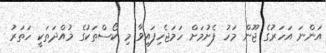
އަންނަ އަހަރުގެ ޖޫން މަހު ފެށުމަށް ހަމަޖެހިފައިވާ މި ކޯސްތަކުގެ މުއްދަތަކީ ހަތަރު